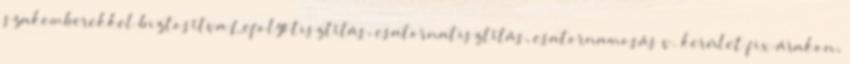
szakemberekkel biztosítva Lefolyótisztítás, csatornatisztítás, csatornamosás v. kerület fix árakon,